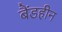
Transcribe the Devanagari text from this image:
बैंडहीन